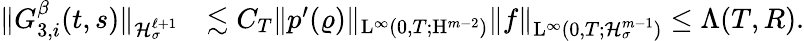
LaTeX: \begin{array}{rl}{\Vert G_{3,i}^{\beta}(t,s)\Vert_{\mathcal{H}_{\sigma}^{\ell+1}}}&{\lesssim C_{T}\Vert p^{\prime}(\varrho)\Vert_{\mathrm{L}^{\infty}(0,T;\mathrm{H}^{m-2})}\Vert f\Vert_{\mathrm{L}^{\infty}(0,T;\mathcal{H}_{\sigma}^{m-1})}\leq\Lambda(T,R).}\end{array}